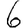
Digit: 6